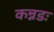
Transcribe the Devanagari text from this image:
कन्नडः